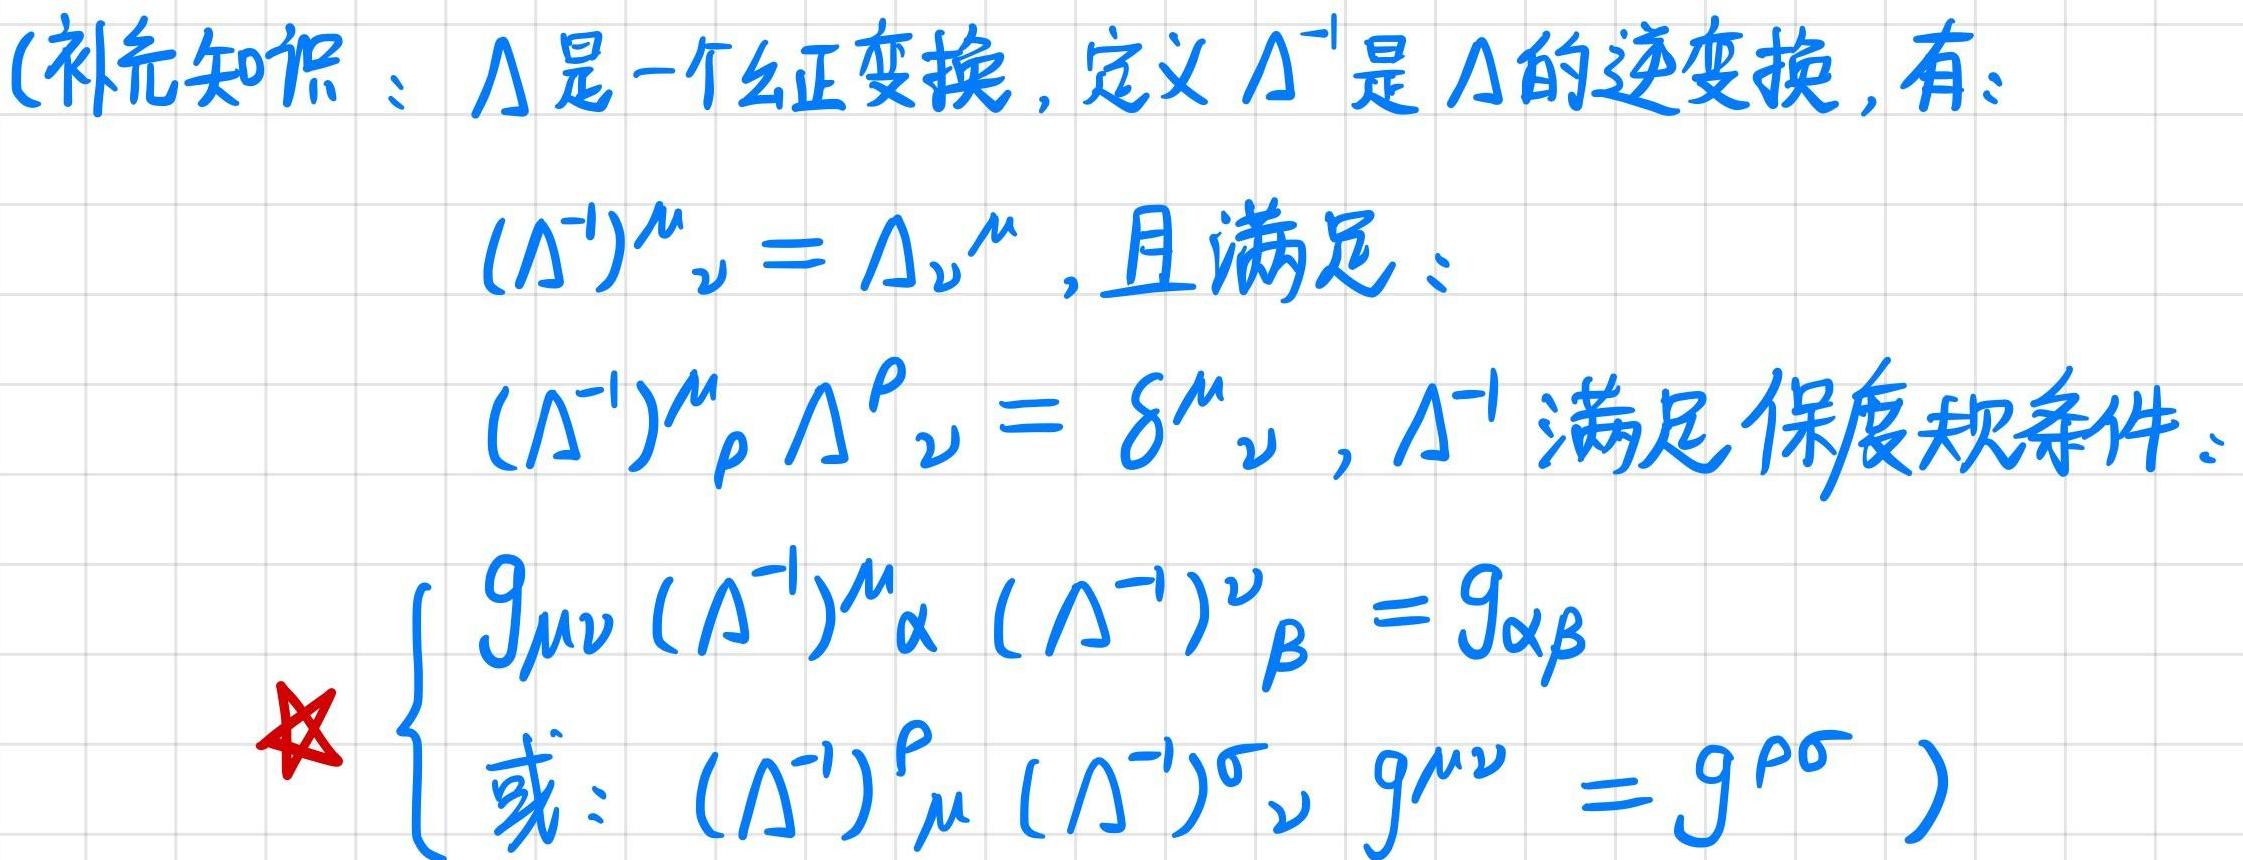
(补充知识：$\Lambda$是一个么正变换，定义$\Lambda^{-1}$是$\Lambda$的逆变换，有：
$(\Lambda^{-1})^{\mu}_{\nu}=\Lambda_{\nu}^{\mu}$，且满足：
$(\Lambda^{-1})^{\mu}_{\rho}\Lambda^{\rho}_{\nu}=\delta^{\mu}_{\nu}$，$\Lambda^{-1}$满足保度规条件：
$\begin{cases}g_{\mu\nu}(\Lambda^{-1})^{\mu}_{\alpha}(\Lambda^{-1})^{\nu}_{\beta}=g_{\alpha\beta}\\或：(\Lambda^{-1})^{\rho}_{\mu}(\Lambda^{-1})^{\sigma}_{\nu}g^{\mu\nu}=g^{\rho\sigma}\end{cases}$)